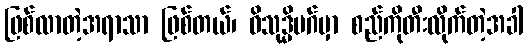
ဖြစ်လာတဲ့အရာသာ ဖြစ်တယ်၊ ဝိသုဒ္မိမဂ်မှာ စည်ကိုတီးလိုက်တဲ့အခါ